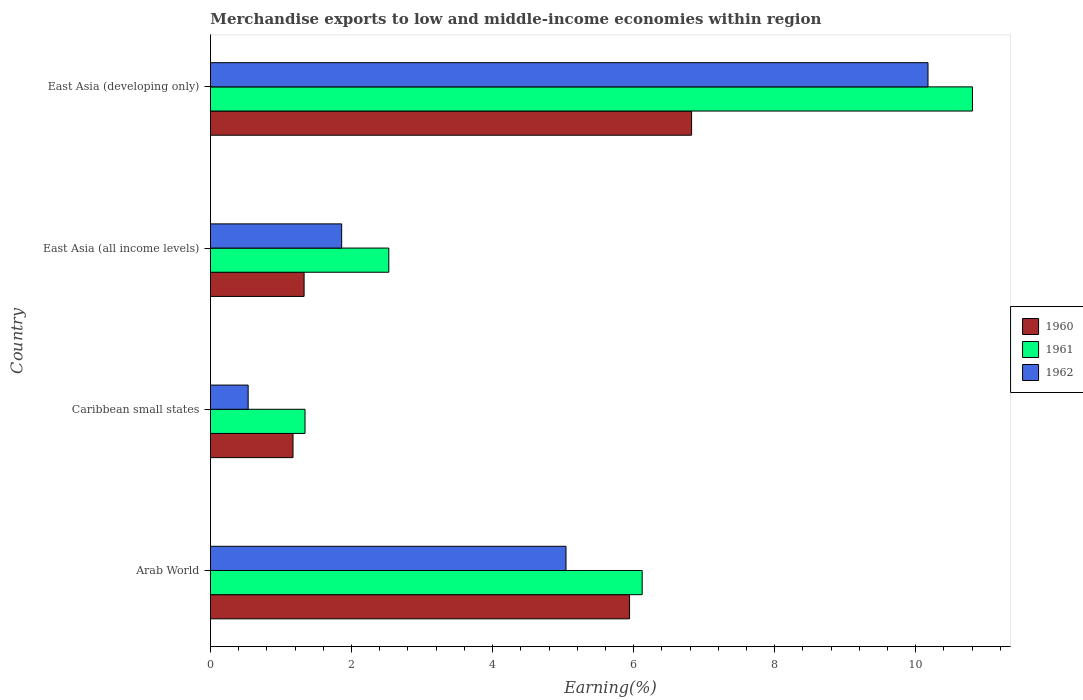
| Country | 1960 | 1961 | 1962 |
 | --- | --- | --- | --- |
 | Arab World | 5.94 | 6.12 | 5.04 |
 | Caribbean small states | 1.17 | 1.34 | 0.534 |
 | East Asia (all income levels) | 1.33 | 2.53 | 1.86 |
 | East Asia (developing only) | 6.82 | 10.8 | 10.2 |